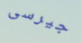
جيرسى